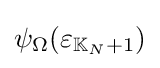
\psi _{\Omega }(\varepsilon _{\mathbb {K} _{N}+1})